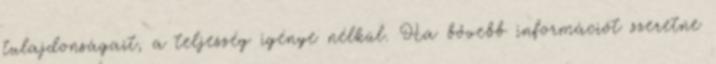
tulajdonságait, a teljesség igénye nélkül. Ha bővebb információt szeretne